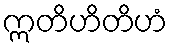
ဣတိဟိတိဟံ